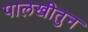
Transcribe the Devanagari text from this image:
पालखीतुन